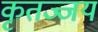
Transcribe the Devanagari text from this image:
कृतज्जय